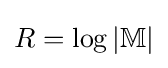
R=\log |\mathbb {M} |